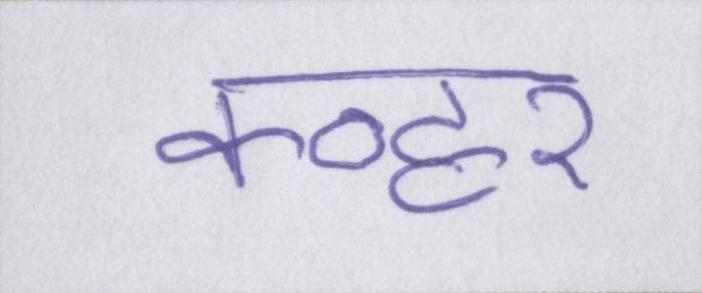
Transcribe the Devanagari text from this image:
कव्हर